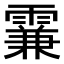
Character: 𩄡